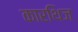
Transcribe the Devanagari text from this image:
कारथिज